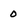
Character: 0